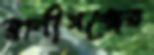
রানীগঞ্জের